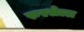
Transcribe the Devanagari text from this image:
रुस्सेल्ल